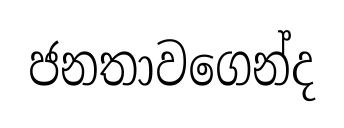
ජනතාවගෙන්ද